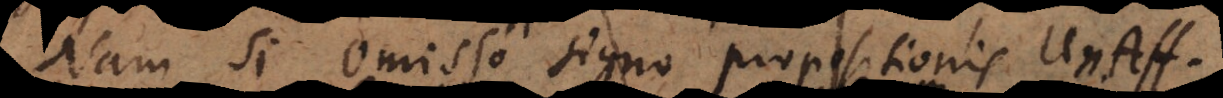
Nam si omisso signo propositionis Un.